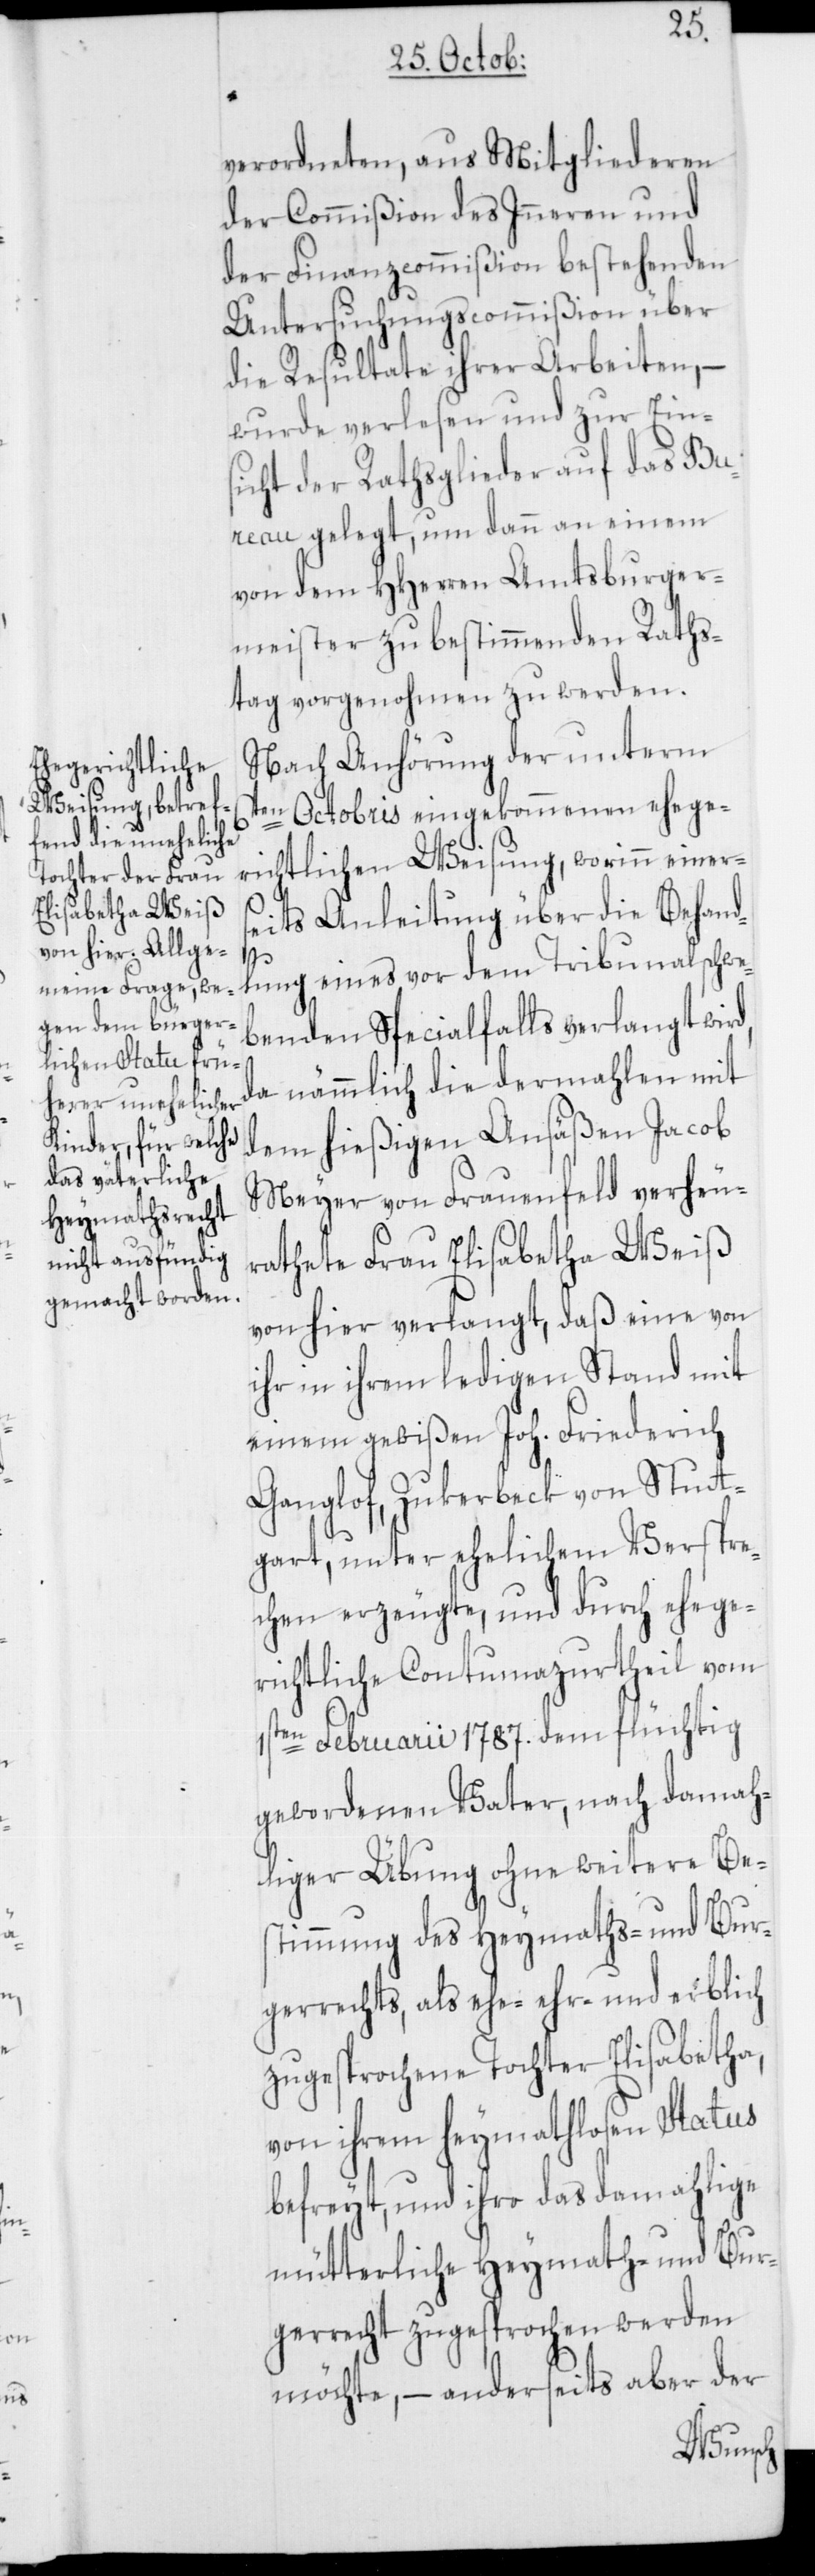
verordneten, aus Mitgliederen
der Commißion des Inneren und
der Finanzcommißion bestehenden
Untersuchungscommißion über
die Resultate ihrer Arbeiten, –
wurde verlesen und zur Ein¬
sicht der Rathsglieder auf das B¬
ureau gelegt, um dann an einem
von dem HHerren Amtsburger¬
meister zu bestimmenden Raths¬
tag vorgenohmen zu werden.
Nach Anhörung der unterm
6ten Octobris eingekommenen ehege¬
richtlichen Weisung, worinn einers¬
eits Anleitung über die Behand¬
lung eines vor dem Tribunal schwe¬
benden Specialfalls verlangt wird,
da nämmlich die dermahlen mit
dem hießigen Ansäßen Jacob
Meyer von Frauenfeld verheu¬
rathete Frau Elisabetha Weiß
von hier verlangt, daß eine von
ihr in ihrem ledigen Stand mit
einem gewißen Joh. Friedrich
Ganglof, Zuckerbeck von Stutt¬
gart, unter ehelichem Verspre¬
chen erzeugte, und durch ehege¬
richtliche Contumazurtheil vom
1sten Februarii 1787. dem flüchtig
gewordenen Vater, nach damah¬
liger Übung ohne weitere Be¬
stimmung des Heymaths- und Bur¬
gerrechts, als ehe-[,] ehr- und erblich
zugesprochene Tochter Elisabetha,
von ihrem heymathlosen Status
befreyt, und ihro das damahlige
mütterliche Heymath- und Bur¬
gerrecht zugesprochen werden
möchte, – anderseits aber der